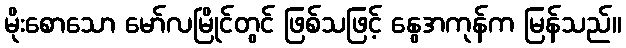
မိုးစောသော မော်လမြိုင်တွင် ဖြစ်သဖြင့် နွေအကုန်က မြန်သည်။